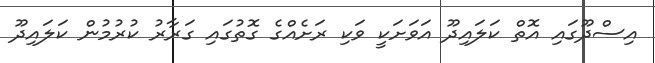
އިސްދޫގައި އޮތް ކަލައިދޫ އަވަށަކީ ވަކި ރަށެއްގެ ގޮތުގައި ގަރާރު ކުރުމުން ކަލައިދޫ